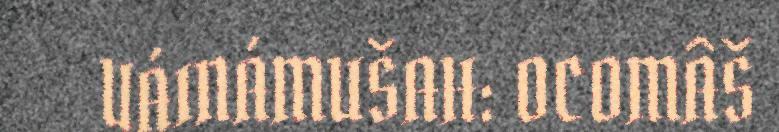
UÁINÁMUŠAH: OCOMÂŠ